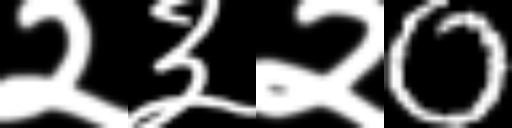
Text: २३२0